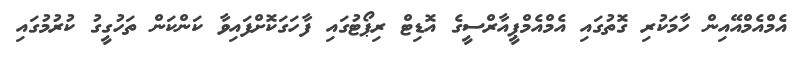
އެމްއެމްއޭއިން ހާމަކުރި ގޮތުގައި އެމްއެމްޕީއާރްސީގެ އޮޑިޓް ރިޕޯޓުގައި ފާހަގަކޮށްފައިވާ ކަންކަން ތަހުގީގު ކުރުމުގައި